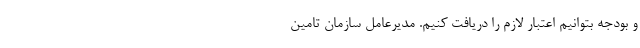
و بودجه بتوانیم اعتبار لازم را دریافت کنیم. مدیرعامل سازمان تامین